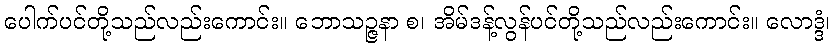
ပေါက်ပင်တို့သည်လည်းကောင်း။ ဘောသဉ္ဇနာ စ၊ အိမ်ဒန့်လွန်ပင်တို့သည်လည်းကောင်း။ လောဒ္ဒံ၊